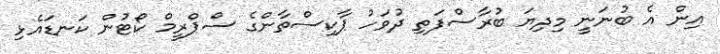
އިން އެ ބުނަނީ މިދިޔަ ބުރާސްފަތި ދުވަހު ޕާކިސްތާންގެ ސްޕްރީމް ކޯޓުން ކަނޑައެޅި